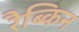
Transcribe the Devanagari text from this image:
रैब्किन